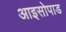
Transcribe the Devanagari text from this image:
आइसोपाड